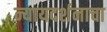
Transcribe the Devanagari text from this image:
न्यायदर्शनाचा